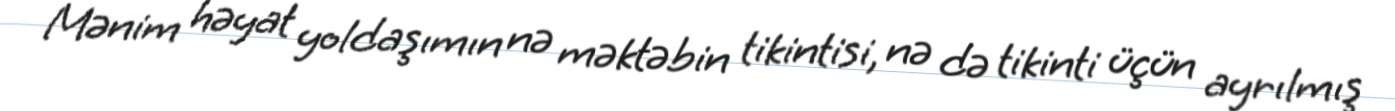
Mənim həyat yoldaşımın nə məktəbin tikintisi, nə də tikinti üçün ayrılmış